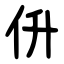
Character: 㐼